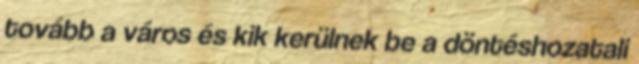
tovább a város és kik kerülnek be a döntéshozatali